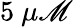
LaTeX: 5~\mu\mathscr{M}